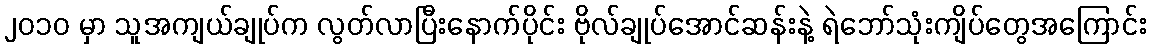
၂၀၁၀ မှာ သူအကျယ်ချုပ်က လွတ်လာပြီးနောက်ပိုင်း ဗိုလ်ချုပ်အောင်ဆန်းနဲ့ ရဲဘော်သုံးကျိပ်တွေအကြောင်း